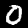
Label: 0